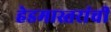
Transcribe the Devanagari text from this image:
हेडमास्तरांची